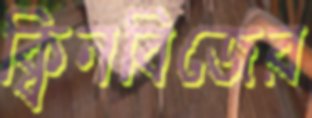
ক্বিনবিজের